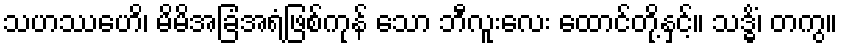
သဟဿေဟိ၊ မိမိအခြံအရံဖြစ်ကုန် သော ဘီလူးလေး ထောင်တို့နှင့်။ သဒ္ဓိံ၊ တကွ။